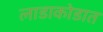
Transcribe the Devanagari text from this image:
लाडाकोडात